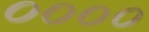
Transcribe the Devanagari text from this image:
००००